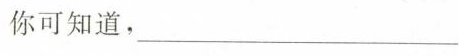
你可知道，___